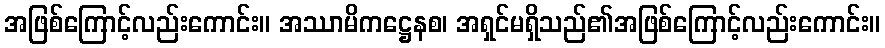
အဖြစ်ကြောင့်လည်းကောင်း။ အဿာမိကဋ္ဌေနစ၊ အရှင်မရှိသည်၏အဖြစ်ကြောင့်လည်းကောင်း။